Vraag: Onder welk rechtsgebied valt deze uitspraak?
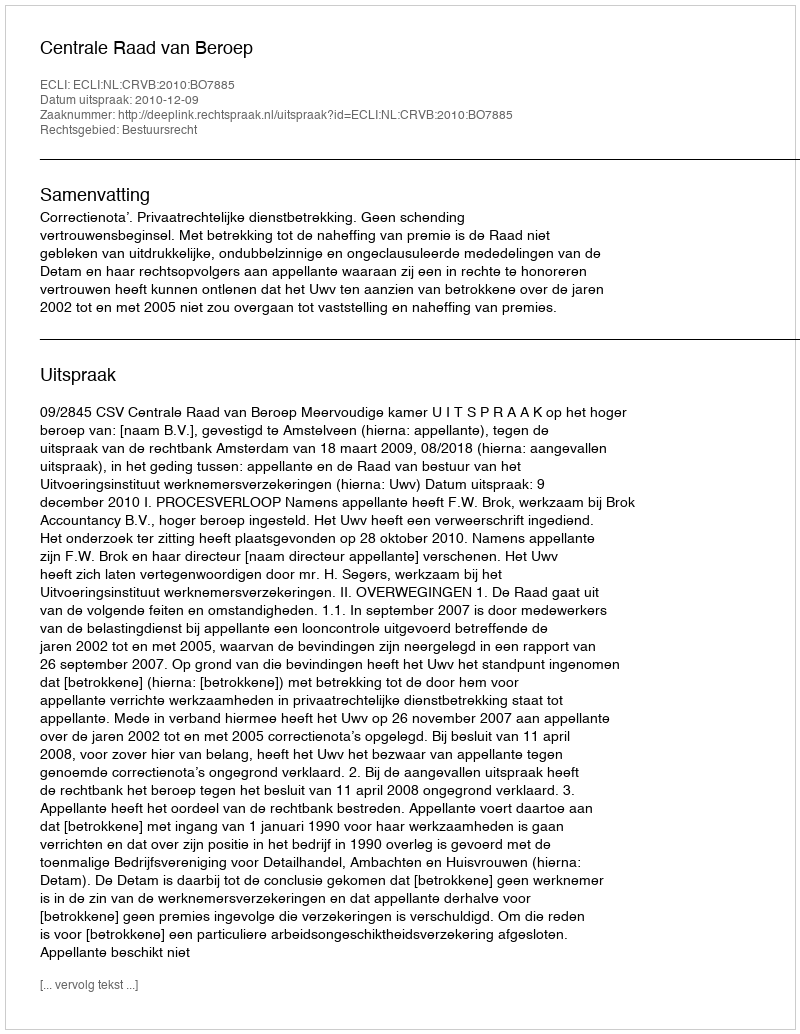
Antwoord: Bestuursrecht